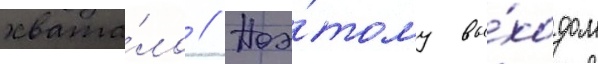
хвата́ло // Поэ́тому вы́ходом